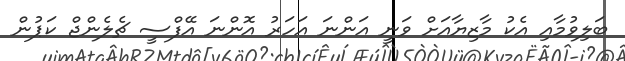
ބަލިވުމާއި އެކު މާޒިޔާއަށް ވަނީ އަންނަ އަހަރު އޮންނަ އޭފްސީ ޗެލެންޖް ކަޕުން